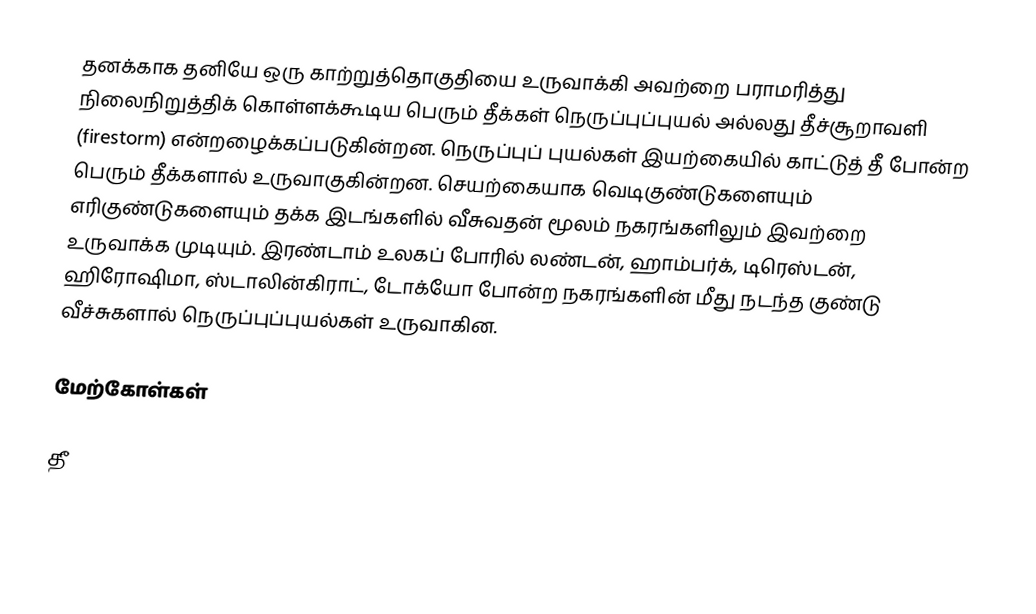
தனக்காக தனியே ஒரு காற்றுத்தொகுதியை உருவாக்கி அவற்றை பராமரித்து நிலைநிறுத்திக் கொள்ளக்கூடிய பெரும் தீக்கள் நெருப்புப்புயல் அல்லது தீச்சூறாவளி (firestorm) என்றழைக்கப்படுகின்றன. நெருப்புப் புயல்கள் இயற்கையில் காட்டுத் தீ போன்ற பெரும் தீக்களால் உருவாகுகின்றன. செயற்கையாக வெடிகுண்டுகளையும் எரிகுண்டுகளையும் தக்க இடங்களில் வீசுவதன் மூலம் நகரங்களிலும் இவற்றை உருவாக்க முடியும். இரண்டாம் உலகப் போரில் லண்டன், ஹாம்பர்க், டிரெஸ்டன், ஹிரோஷிமா, ஸ்டாலின்கிராட், டோக்யோ போன்ற நகரங்களின் மீது நடந்த குண்டு வீச்சுகளால் நெருப்புப்புயல்கள் உருவாகின.

மேற்கோள்கள்

தீ